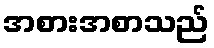
အစားအစာသည်